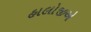
હાલોજીએ